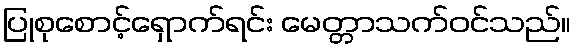
ပြုစုစောင့်ရှောက်ရင်း မေတ္တာသက်ဝင်သည်။